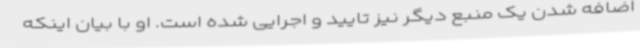
اضافه شدن یک منبع دیگر نیز تایید و اجرایی شده است. او با بیان اینکه